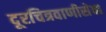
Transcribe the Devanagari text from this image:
दूरचित्रवाणीसेवा